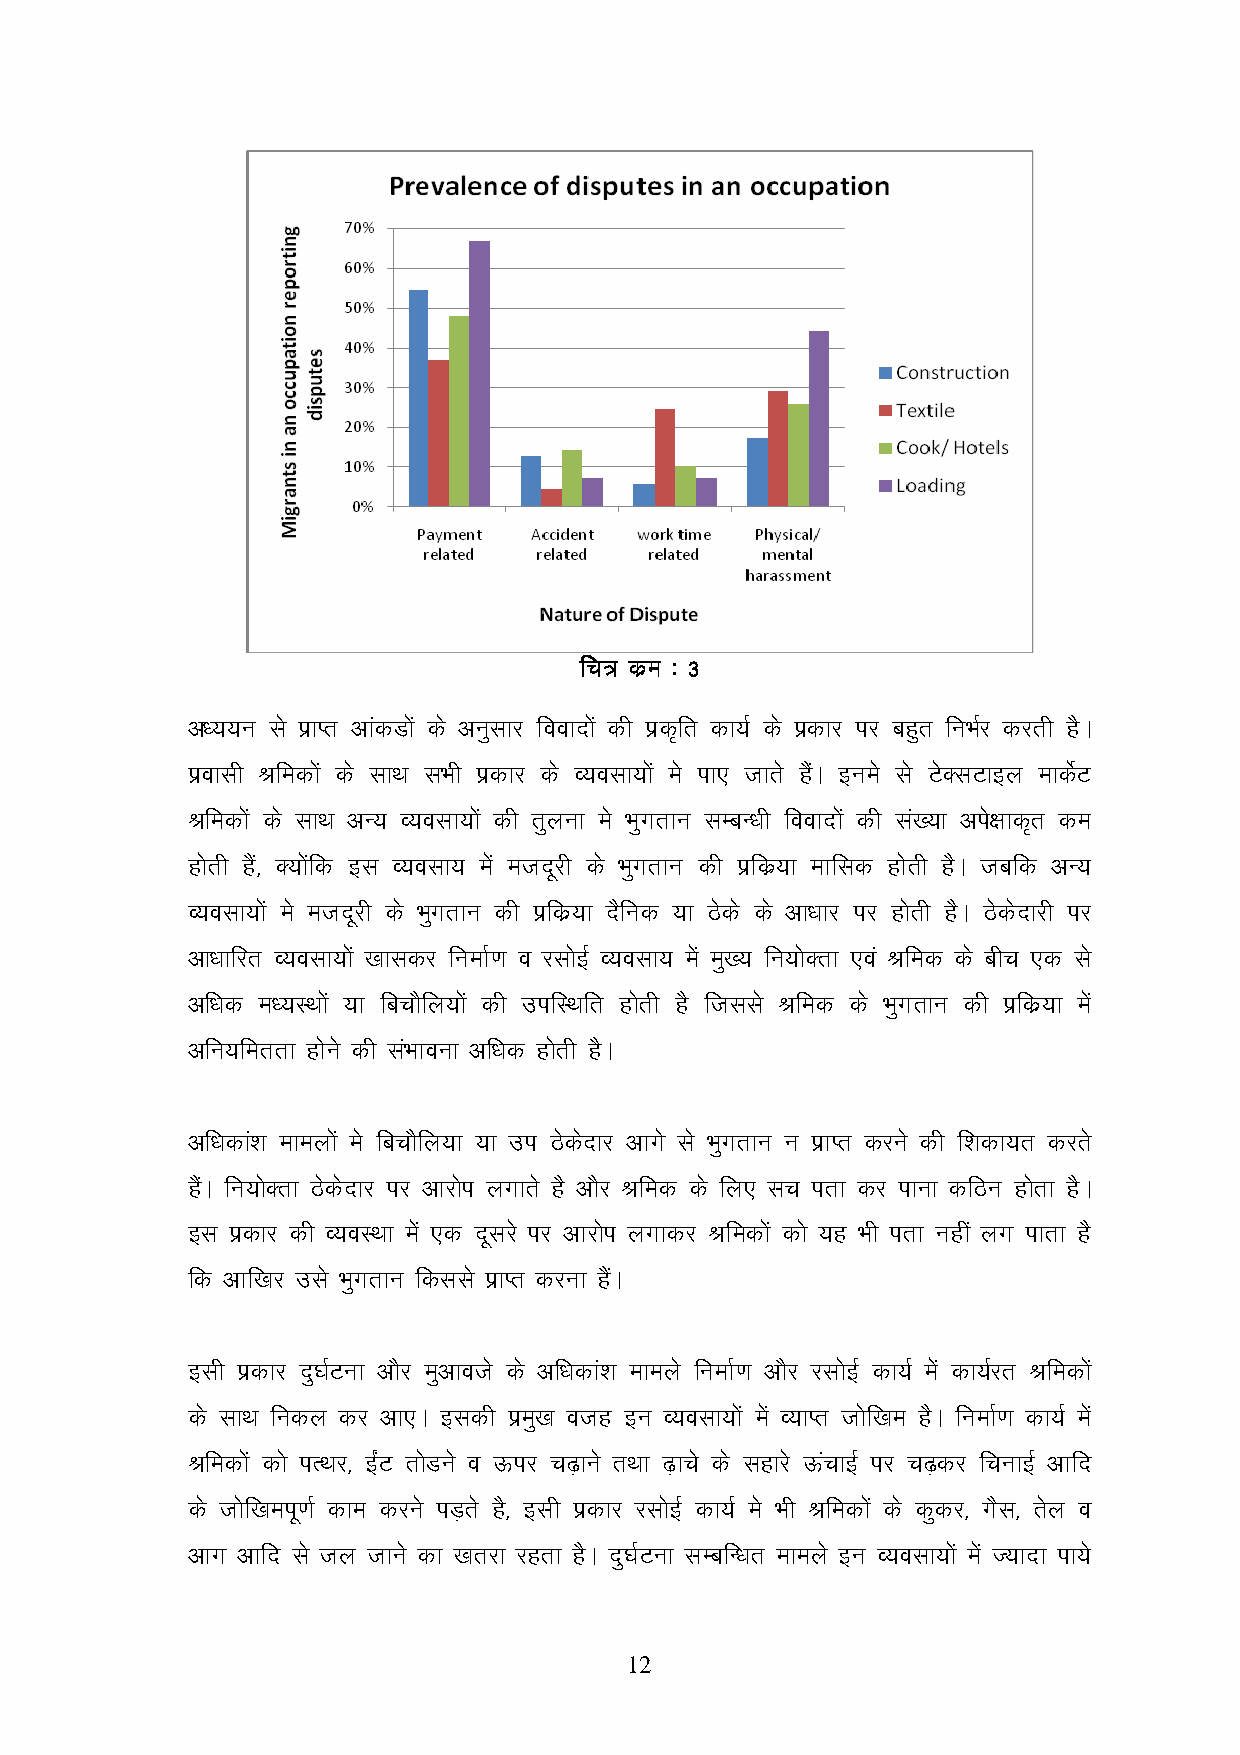
ffffpppp==== ddddzzeezzee %%%% 3333
 v/;;u ls izkIr vkadMksa ds vuqlkj fooknksa dh izd`fr dk;Z ds izdkj ij cgqr fuHkZj djrh gSA
 izoklh Jfedksa ds lkFk lHkh izdkj ds O;olk;ksa es ik, tkrs gSaA bues ls VsDlVkby ekdsZV
 Jfedksa ds lkFk vU; O;olk;ksa dh rqyuk es Hkqxrku lEcU/kh fooknksa dh la[;k vis{kkd`r de
 gksrh gSa] D;ksafd bl O;olk; esa etnwjh ds Hkqxrku dh izfdz;k ekfld gksrh gSA tcfd vU;
 O;olk;ksa es etnwjh ds Hkqxrku dh izfdz;k nSfud ;k Bsds ds vk/kkj ij gksrh gSA Bsdsnkjh ij
 vk/kkfjr O;olk;ksa [kkldj fuekZ.k o jlksbZ O;olk; esa eq[; fu;ksDrk ,oa Jfed ds chp ,d ls
 vf/kd e/;LFkksa ;k fcpkSfy;ksa dh mifLFkfr gksrh gS ftlls Jfed ds Hkqxrku dh izfdz;k esa
 vfu;ferrk gksus dh laHkkouk vf/kd gksrh gSA
 vf/kdka’k ekeyksa es fcpkSfy;k ;k mi Bsdsnkj vkxs ls Hkqxrku u izkIr djus dh f’kdk;r djrs
 gaSA fu;ksDrk Bsdsnkj ij vkjksi yxkrs gS vkSj Jfed ds fy, lp irk dj ikuk dfBu gksrk gSA
 bl izdkj dh O;oLFkk esa ,d nwljs ij vkjksi yxkdj Jfedksa dks ;g Hkh irk ugha yx ikrk gS
 fd vkf[kj mls Hkqxrku fdlls izkIr djuk gSaA
 blh izdkj nq?kZVuk vkSj eqvkots ds vf/kdka’k ekeys fuekZ.k vkSj jlksbZ dk;Z esa dk;Zjr Jfedksa
 ds lkFk fudy dj vk,A bldh izeq[k otg bu O;olk;ksa esa O;kIr tksf[ke gSA fuekZ.k dk;Z esa
 Jfedksa dks iRFkj] baZV rksMus o Åij p<+kus rFkk <+kps ds lgkjs ÅapkbZ ij p<+dj fpukbZ vkfn
 ds tksf[keiw.kZ dke djus iM+rs gS] blh izdkj jlksbZ dk;Z es Hkh Jfedksa ds dqdj] xSl] rsy o
 vkx vkfn ls ty tkus dk [krjk jgrk gSA nq?kZVuk lEcfU/kr ekeys bu O;olk;ksa esa T;knk ik;s
 12